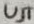
Text: UJT